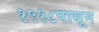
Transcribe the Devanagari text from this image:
१९१८पासून